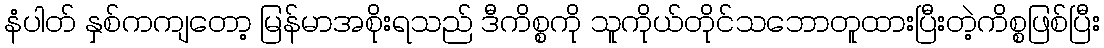
နံပါတ် နှစ်ကကျတော့ မြန်မာအစိုးရသည် ဒီကိစ္စကို သူကိုယ်တိုင်သဘောတူထားပြီးတဲ့ကိစ္စဖြစ်ပြီး